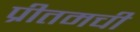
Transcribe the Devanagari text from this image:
प्रीतमची